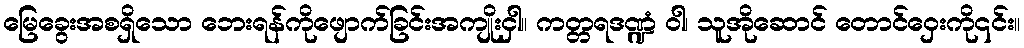
မြေခွေးအစရှိသော ဘေးရန်ကိုဖျောက်ခြင်းအကျိုးငှါ။ ကတ္တရဒဏ္ဍံ ဝါ၊ သူအိုဆောင် တောင်ဝှေးကို၎င်း။